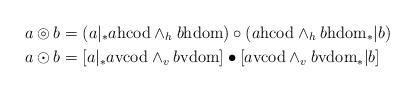
LaTeX: \begin{align*}a \circledcirc b &= (a|{}_* a\mathrm{hcod} \wedge_h b\mathrm{hdom}) \circ (a\mathrm{hcod} \wedge_h b\mathrm{hdom} {}_*| b) \\a \odot b &= [a|{}_* a\mathrm{vcod} \wedge_v b\mathrm{vdom}] \bullet [a\mathrm{vcod} \wedge_v b\mathrm{vdom} {}_*| b] \end{align*}